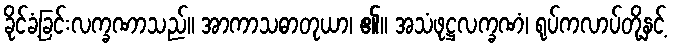
ခိုင်ခံ့ခြင်းလက္ခဏာသည်။ အာကာသဓာတုယာ၊ ၏။ အသံဖုဋ္ဌလက္ခဏံ၊ ရုပ်ကလာပ်တို့နှင့်